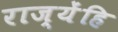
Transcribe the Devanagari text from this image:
राज्येंहि